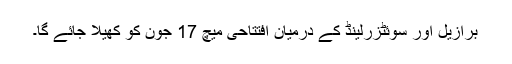
برازیل اور سوئٹزرلینڈ کے درمیان افتتاحی میچ 17 جون کو کھیلا جائے گا۔